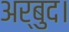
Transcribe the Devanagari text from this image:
अर्बुद।